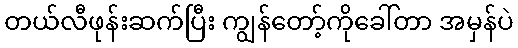
တယ်လီဖုန်းဆက်ပြီး ကျွန်တော့်ကိုခေါ်တာ အမှန်ပဲ